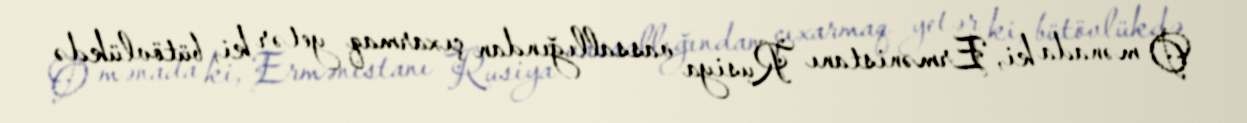
O mənada ki, Ermənistanı Rusiya vassallığından çıxarmaq yetər ki, bütövlükdə